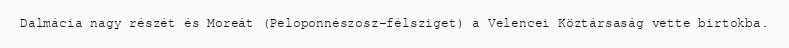
Dalmácia nagy részét és Moreát (Peloponnészosz-félsziget) a Velencei Köztársaság vette birtokba.